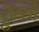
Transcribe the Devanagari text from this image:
ट्रुको